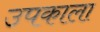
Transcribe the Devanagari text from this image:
उपकाला